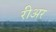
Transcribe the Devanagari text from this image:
रीअर